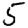
Digit: 5